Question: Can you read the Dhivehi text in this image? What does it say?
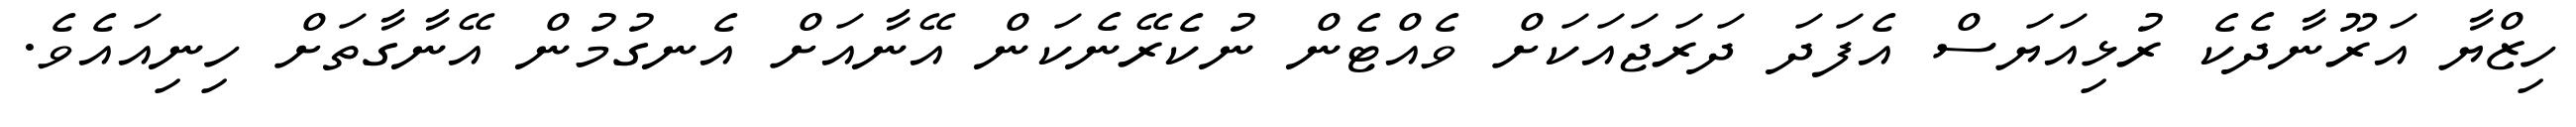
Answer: ހިޒްޔާ އަރޫނާދެކެ ރުޅިއަޔަސް އެފަދަ ދަރަޖައަކަށް ވެއްޓެން ނުކެރޭނެކަން އޭނާއަށް އެނގުމުން އޭނާގާތަށް ހިނިއައެވެ.